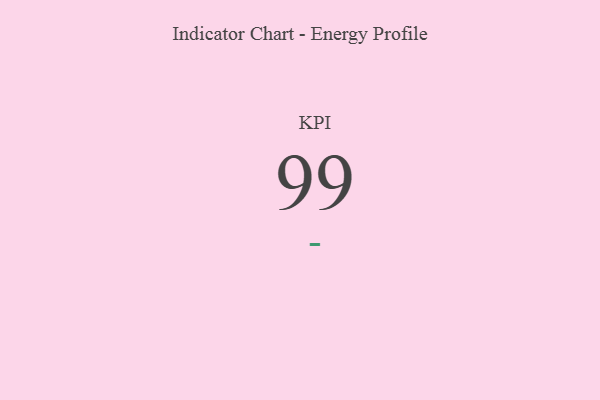
{"axis": {"x": "KPI", "y": "Value"}, "legend": [""], "data": [{"x": "KPI", "y": 99, "type": ""}]}